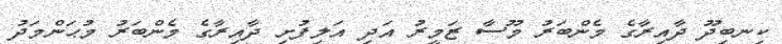
ކިނބިދޫ ދާއިރާގެ މެންބަރު މޫސާ ޒަމީރު އަދި އަލިފުށި ދާއިރާގެ މެންބަރު މުޙަންމަދު